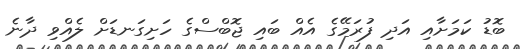
ބޮޑު ކަމަށާއި އަދި ފުރަމޭގެ އެއް ބައި ޖޮބްސްގެ ހަށިގަނޑަށް ލެއްވި ދާނެ